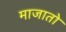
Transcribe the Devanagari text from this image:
माजातो